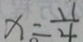
x = \frac { 1 1 } { 4 }